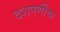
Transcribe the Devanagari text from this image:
दशपर्णीचा